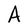
Character: A